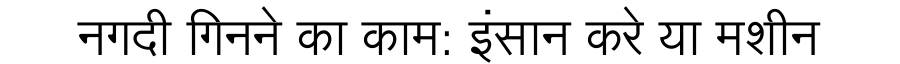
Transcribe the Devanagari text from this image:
नगदी गिनने का काम: इंसान करे या मशीन